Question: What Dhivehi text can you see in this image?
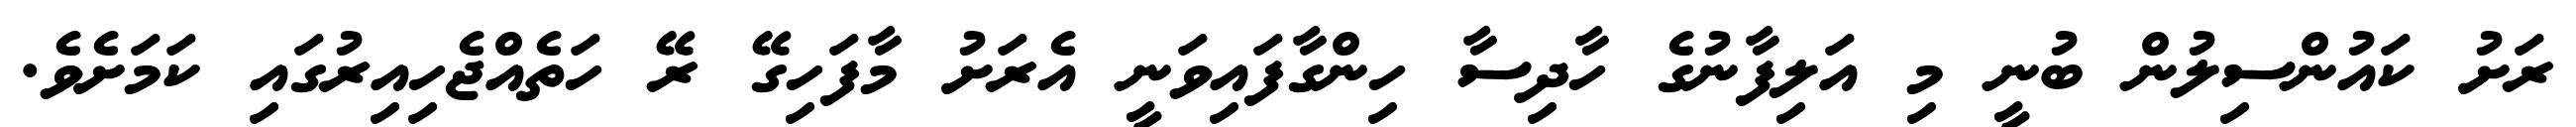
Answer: ރަށު ކައުންސިލުން ބުނީ މި އަލިފާނުގެ ހާދިސާ ހިންގާފައިވަނީ އެރަށު މާފަހިގޭ ރޭ ހަތެއްޖެހިއިރުގައި ކަމަށެވެ.